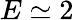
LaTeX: E\simeq 2